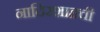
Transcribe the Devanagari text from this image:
नादिरशाहची